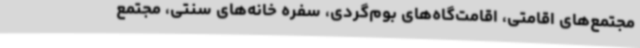
مجتمع‌های اقامتی، اقامت‌گاه‌های بوم‌گردی، سفره خانه‌های سنتی، مجتمع